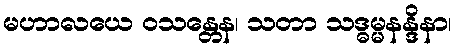
မဟာလယေ ဝသန္တေန၊ သတာ သဒ္ဓမ္မနန္ဒိနာ၊